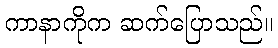
ကာနာကိုက ဆက်ပြောသည်။